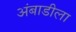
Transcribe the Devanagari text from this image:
अंबाडीला